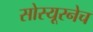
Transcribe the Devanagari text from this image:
सोस्यूरनेच